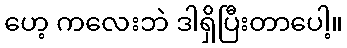
ဟေ့ ကလေးဘဲ ဒါရှိပြီးတာပေါ့။